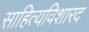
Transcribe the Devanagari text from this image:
साहित्यविशारद